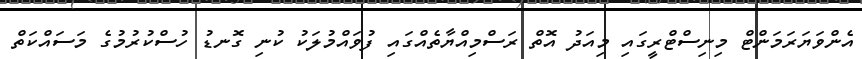
އެންވަޔަރަމަންޓް މިނިސްޓްރީގައި މިއަދު އޮތް ރަސްމިއްޔާތެއްގައި ފުވައްމުލަކު ކުނި ގޮނޑު ހުސްކުރުމުގެ މަސައްކަތް